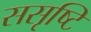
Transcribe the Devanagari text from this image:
ससृष्टि